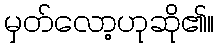
မှတ်လော့ဟုဆို၏။